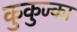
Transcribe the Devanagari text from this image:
कुकुज्का